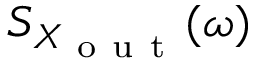
S _ { X _ { \mathrm { ~ o ~ u ~ t ~ } } } ( \omega )